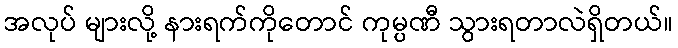
အလုပ် များလို့ နားရက်ကိုတောင် ကုမ္ပဏီ သွားရတာလဲရှိတယ်။